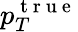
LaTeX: p_{T}^{\mathrm{~t~r~u~e~}}